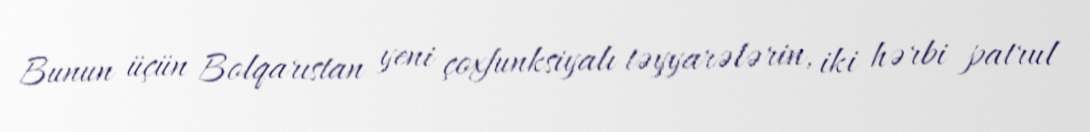
Bunun üçün Bolqarıstan yeni çoxfunksiyalı təyyarələrin, iki hərbi patrul